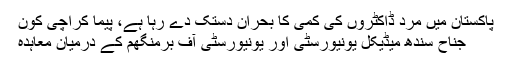
پاکستان میں مرد ڈاکٹروں کی کمی کا بحران دستک دے رہا ہے، پیما کراچی کون
جناح سندھ میڈیکل یونیورسٹی اور یونیورسٹی آف برمنگھم کے درمیان معاہدہ